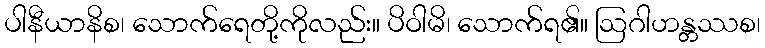
ပါနီယာနိစ၊ သောက်ရေတို့ကိုလည်း။ ပိဝါမိ၊ သောက်ရ၏။ ဩဂါဟန္တဿစ၊